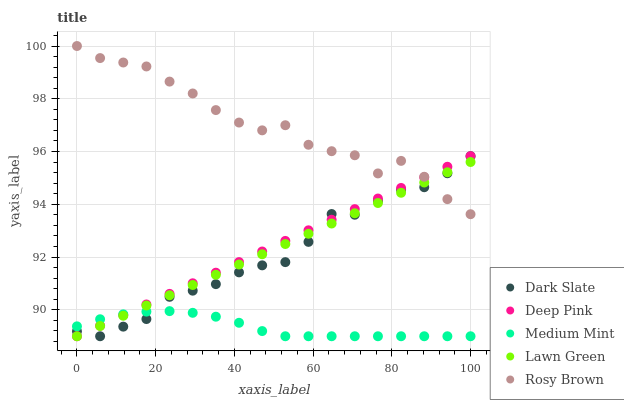
| xaxis_label | Dark Slate | Deep Pink | Medium Mint | Lawn Green | Rosy Brown |
 | --- | --- | --- | --- | --- | --- |
 | 0 | 89.2 | 89 | 89.4 | 89 | 100 |
 | 5.88 | 89 | 89.4 | 89.6 | 89.4 | 99.5 |
 | 11.8 | 89.4 | 89.8 | 89.8 | 89.8 | 99.4 |
 | 17.6 | 89.7 | 90.2 | 89.9 | 90.2 | 99.2 |
 | 23.5 | 90.5 | 90.6 | 90 | 90.6 | 98.7 |
 | 29.4 | 90.7 | 91 | 89.9 | 90.9 | 98.2 |
 | 35.3 | 91 | 91.4 | 89.7 | 91.3 | 97.6 |
 | 41.2 | 91.4 | 91.8 | 89.5 | 91.7 | 97.1 |
 | 47.1 | 91.7 | 92.2 | 89.2 | 92.1 | 96.8 |
 | 52.9 | 91.8 | 92.6 | 89 | 92.5 | 97 |
 | 58.8 | 92.6 | 93 | 89 | 92.9 | 96.3 |
 | 64.7 | 93.6 | 93.4 | 89 | 93.3 | 96 |
 | 70.6 | 93.6 | 93.8 | 89 | 93.7 | 95.9 |
 | 76.5 | 94.1 | 94.2 | 89 | 94 | 95.2 |
 | 82.4 | 94.5 | 94.6 | 89 | 94.4 | 95.6 |
 | 88.2 | 94.6 | 95 | 89 | 94.8 | 95 |
 | 94.1 | 95.2 | 95.4 | 89 | 95.2 | 94.2 |
 | 100 | 95.8 | 95.8 | 89 | 95.6 | 93.6 |